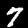
Label: 7